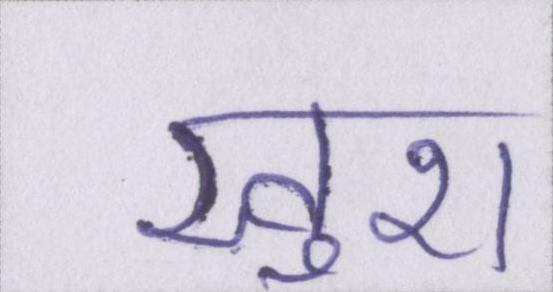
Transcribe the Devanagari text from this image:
खुश